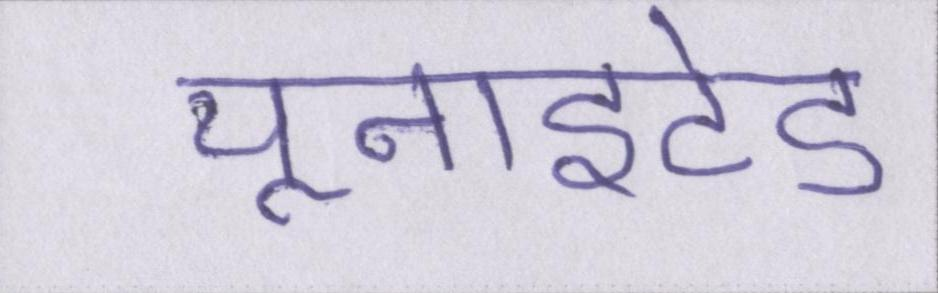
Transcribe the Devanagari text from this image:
यूनाइटेड